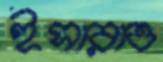
ইসারাও